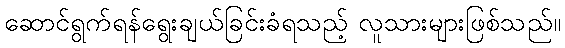
ဆောင်ရွက်ရန်ရွေးချယ်ခြင်းခံရသည့် လူသားများဖြစ်သည်။